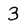
Character: 3